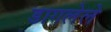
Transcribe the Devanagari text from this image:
डागलेले